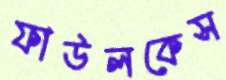
ফাউলকেস